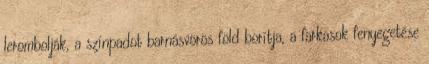
lerombolják, a színpadot barnásvörös föld borítja, a farkasok fenyegetése